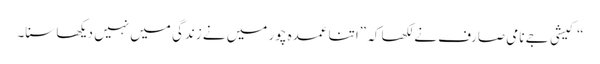
“کیشی جے نامی صارف نے لکھا کہ ”اتنا عمدہ چور میں نے زندگی میں نہیں دیکھا سنا۔